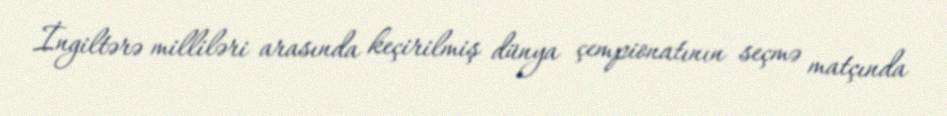
İngiltərə milliləri arasında keçirilmiş dünya çempionatının seçmə matçında